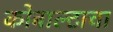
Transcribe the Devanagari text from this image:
कोबाल्टाचा